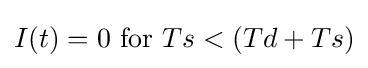
I(t)=0{\text{ for }}Ts<(Td+Ts)